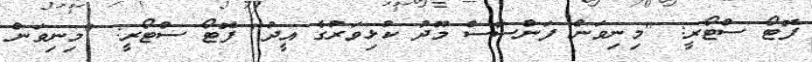
ފޮޓޯ ސްޓޯރީ: "މިނިވަން ފަންސާސް މޫދު ކުޅިވަރުގެ އީދު" ފޮޓޯ ސްޓޯރީ: "މިނިވަން